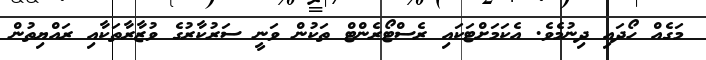
މަގެއް ހޯދައި ދިނުމެވެ. އެކަމަށްޓަކައި ރެސްޓޯރެންޓް ތަކުން ވަނީ ސަރުކާރުގެ ވުޒާރާތަކާއި ރައްޔިތުން